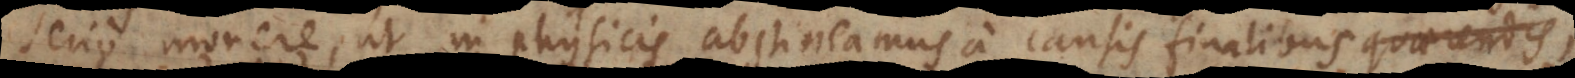
serio monere, ut in physicis abstineamus a causis finalibus,